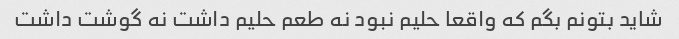
شاید بتونم بگم که واقعا حلیم نبود نه طعم حلیم داشت نه گوشت داشت